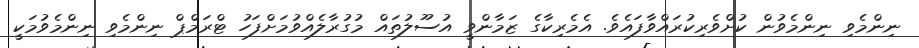
ނިންމެވި ނިންމެވުން ކުށްވެރިކުރައްވާފައެވެ. އެމެރިކާގެ ޒަމާންވީ އުސޫލުތައް މުގުރާލެއްވުމަށްފަހު ޓްރަމްޕް ނިންމެވި ނިންމެވުމަކީ